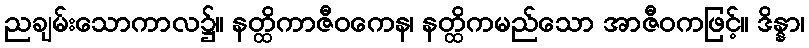
ညချမ်းသောကာလ၌။ နတ္ထိကာဇီဝကေန၊ နတ္ထိကမည်သော အာဇီဝကဖြင့်။ ဒိန္နာ၊